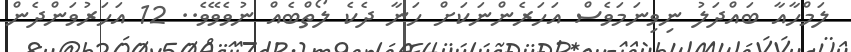
ލަމްހާއާ ބައްދަލު ނިވިނަމަވެސް އަހަރެންނަކަށް ހަނާ ދެކެ ލޯތްބެއް ނުވެވޭވެ.. 12 އަހަރުވަންދެން